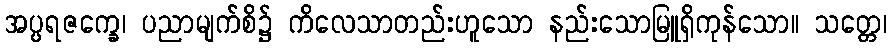
အပ္ပရဇက္ခေ၊ ပညာမျက်စိ၌ ကိလေသာတည်းဟူသော နည်းသောမြူရှိကုန်သော။ သတ္တေ၊